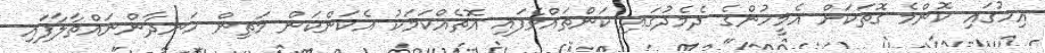
އިހުގައި ކޮންމެ ގޮތަކަށް އެމީހުންގެ ދެމެދުގައި ކަންތައްވެފައި އޮތެއްކަމަކު އެކަންކަން މަތިން ހަނދާންނައްތާލާފައި